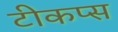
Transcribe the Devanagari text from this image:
टीकप्स